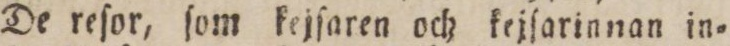
De reſor, ſom kejſaren och kejſarinnan in=